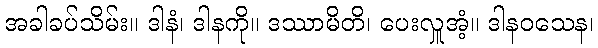
အခါခပ်သိမ်း။ ဒါနံ၊ ဒါနကို။ ဒဿာမိတိ၊ ပေးလှူအံ့။ ဒါနဝသေန၊